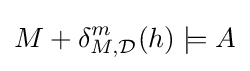
M+\delta _{M,{\mathcal {D}}}^{m}(h)\models A